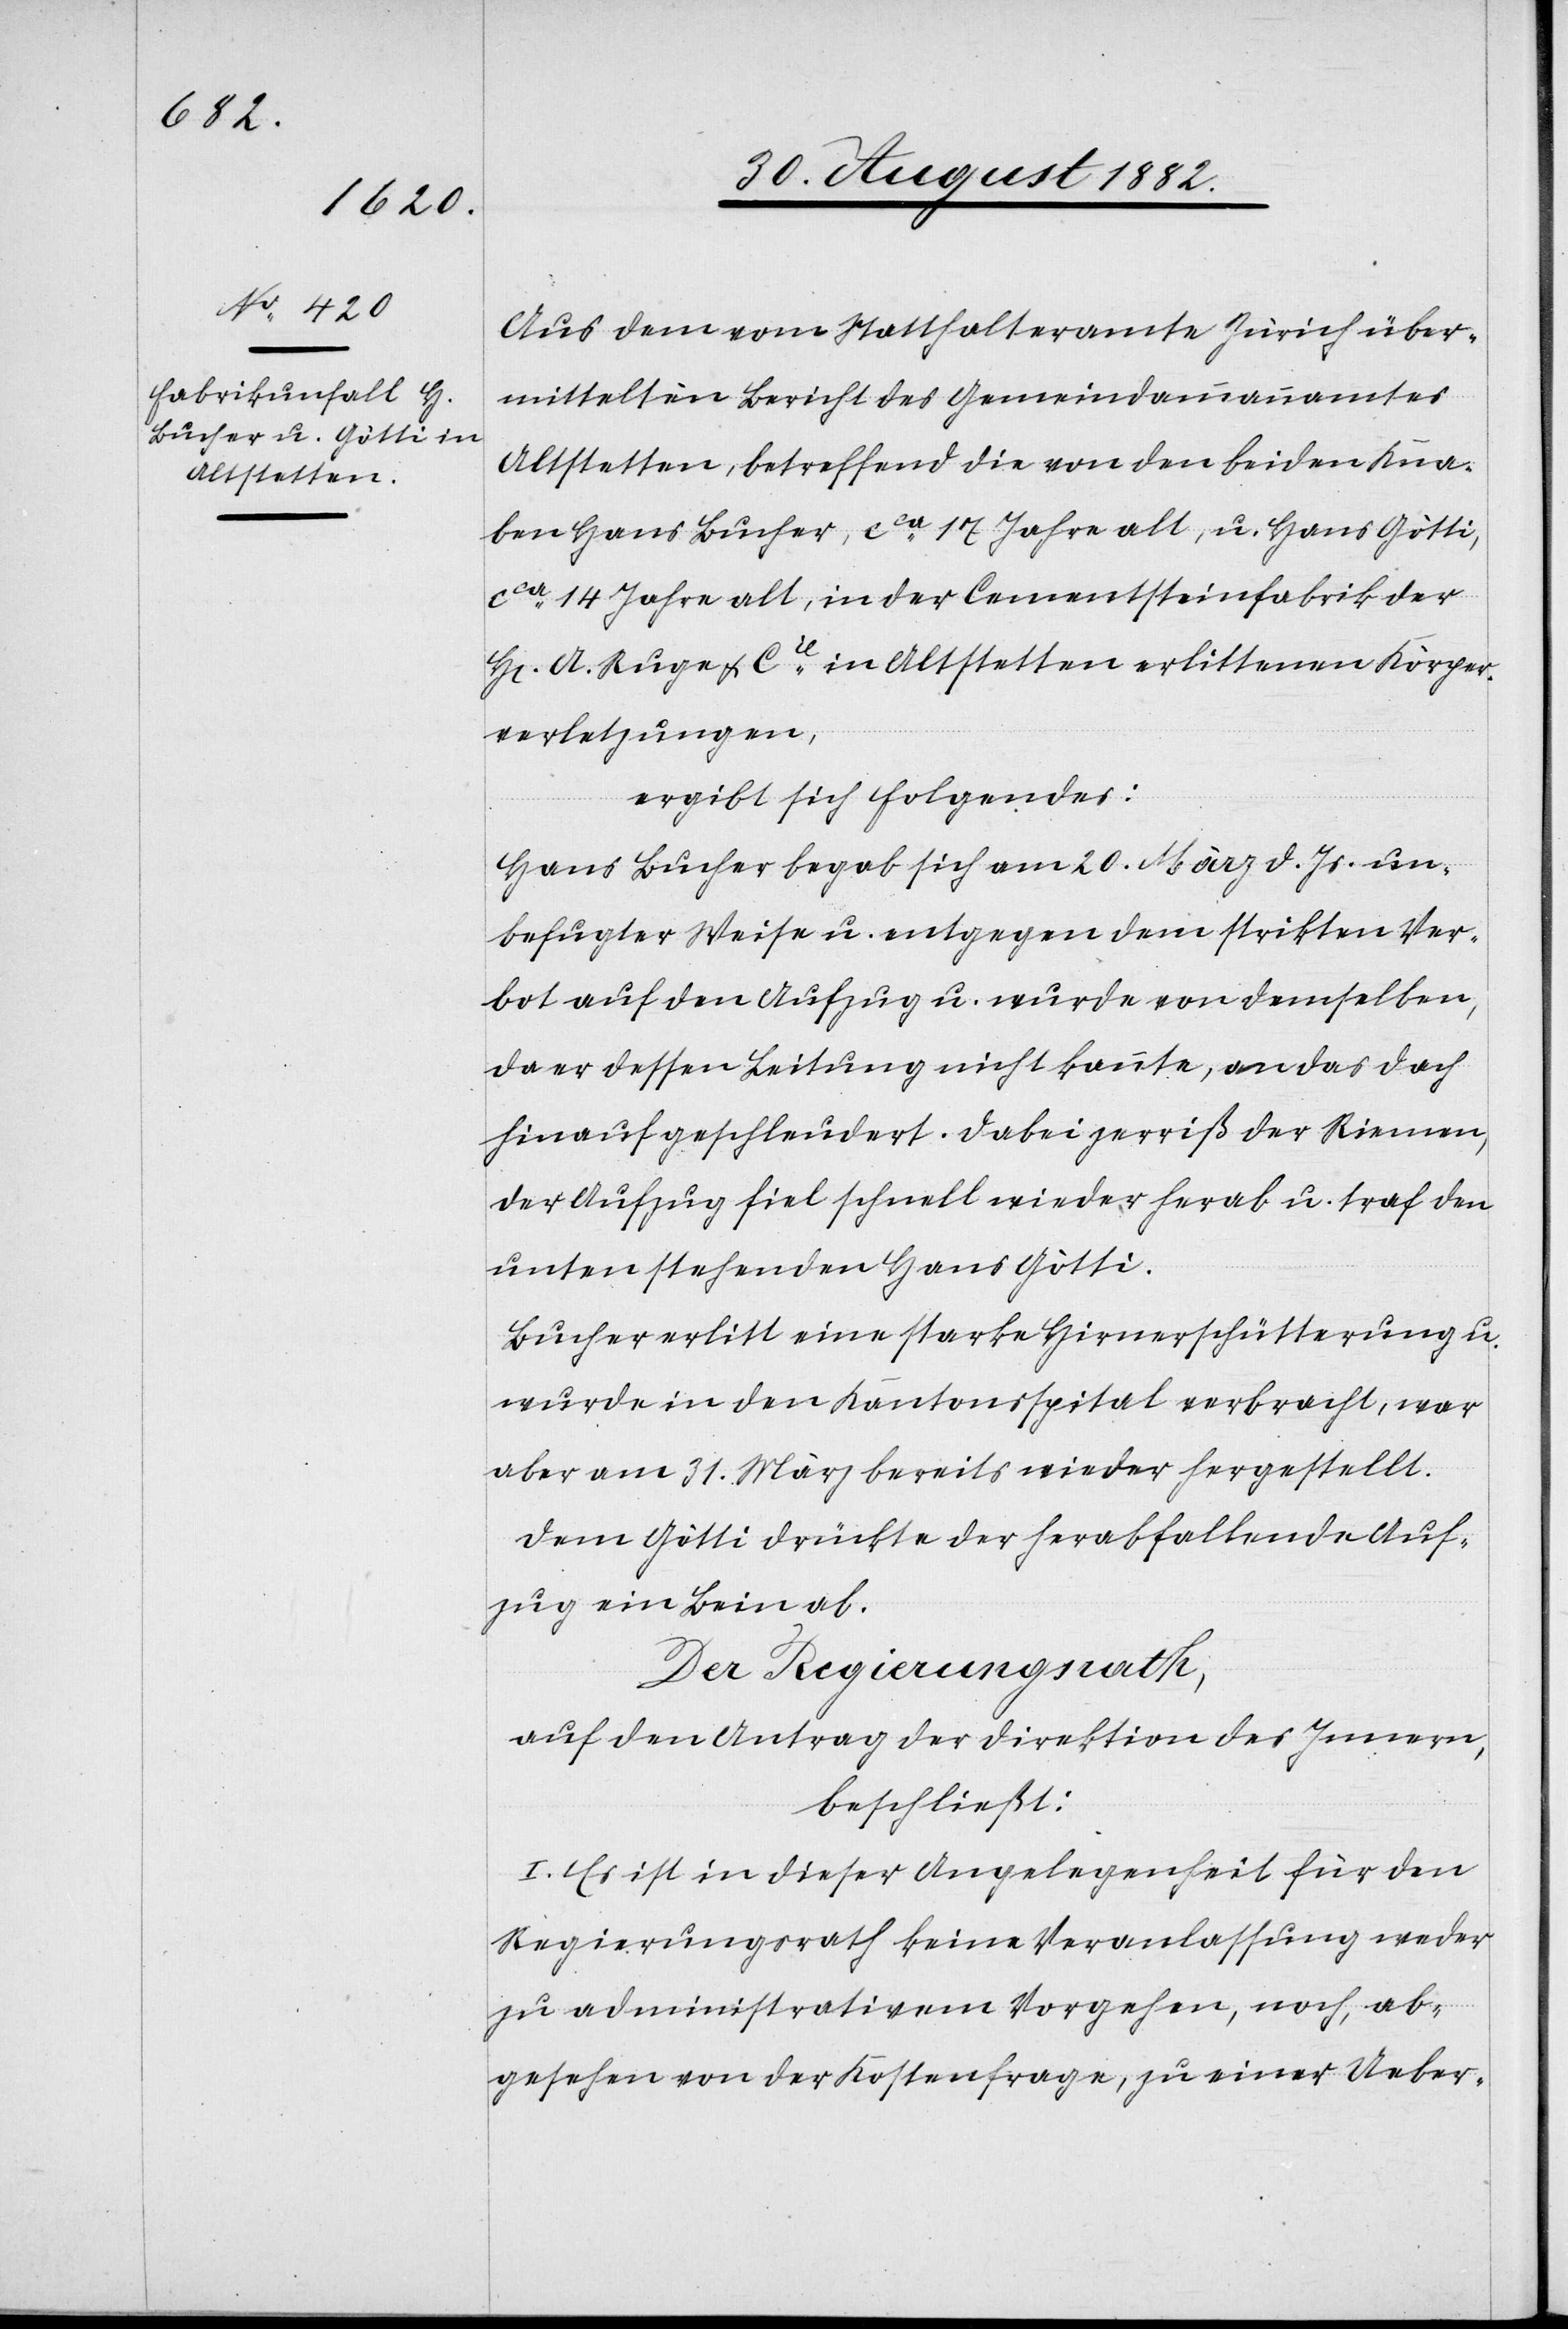
Aus dem vom Statthalteramte Zürich über¬
mittelten Bericht des Gemeindammannamtes
Altstetten, betreffend die von den beiden Kna¬
ben Hans Bucher, ca 17 Jahre alt, u. Hans Götti,
ca 14 Jahre alt, in der Cementsteinfabrk der
A. Ruge & Cie in Altstetten erlittenen Körper¬
verletzungen,
ergibt sich Folgendes:
Hans Bucher begab sich am 20. März d. Js. un¬
befugter Weise u. entgegen dem strikten Ver¬
bot auf den Aufzug u. wurde von demselben,
da er dessen Leitung nicht kannte, an das Dach
hinaufgeschleudert. Dabei zerriß der Riemen,
der Aufzug fiel schnell wieder herab u. traf den
unten stehenden Hans Götti.
Bucher erlitt eine starke Hirnerschütterung u.
wurde in den Kantonsspital verbracht, war
aber am 31. März bereits wieder hergestellt.
Dem Götti drückte der herabfallende Auf¬
zug ein Bein ab.
Der Regierungsrath,
auf den Antrag der Direktion des Innern,
beschließt:
I. Es ist in dieser Angelegenheit für den
Regierungsrath keine Veranlassung weder
zu administrativem Vorgehen, noch, ab¬
gesehen von der Kostenfrage, zu einer Ueber-